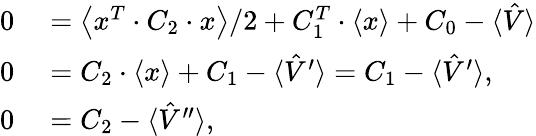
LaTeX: \begin{array}{rl}{0}&{{}=\left\langle x^{T}\cdot C_{2}\cdot x\right\rangle/2+C_{1}^{T}\cdot\left\langle x\right\rangle+C_{0}-\langle\hat{V}\rangle}\\ {0}&{{}=C_{2}\cdot\left\langle x\right\rangle+C_{1}-\langle\hat{V}^{\prime}\rangle=C_{1}-\langle\hat{V}^{\prime}\rangle,}\\ {0}&{{}=C_{2}-\langle\hat{V}^{\prime\prime}\rangle,}\end{array}